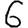
Digit: 6